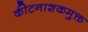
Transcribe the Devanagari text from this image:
कीटनाशकमुक्त